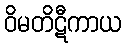
ဝိမတိဋီကာယ